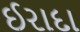
ઈરાદા